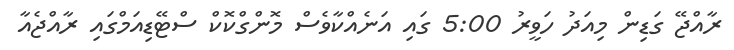
ރާއްޖޭ ގަޑިން މިއަދު ހަވީރު 5:00 ގައި އަނެއްކާވެސް މޮންގްކޮކް ސްޓޭޑިއަމްގައި ރާއްޖެއާ